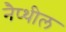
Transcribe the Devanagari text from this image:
नैप्थील